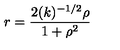
r = \frac { 2 ( k ) ^ { - 1 / 2 } { \rho } } { 1 + { \rho } ^ { 2 } }